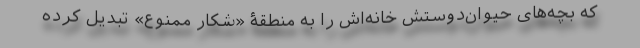
که بچه‌های حیوان‌دوستش خانه‌اش را به منطقۀ «شکار ممنوع» تبدیل کرده